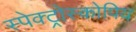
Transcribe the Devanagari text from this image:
स्पेक्ट्रोस्कोपिय